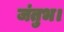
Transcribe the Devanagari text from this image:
जंतुभ।